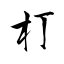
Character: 朾